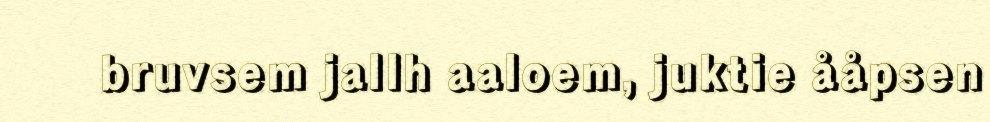
bruvsem jallh aaloem, juktie ååpsen